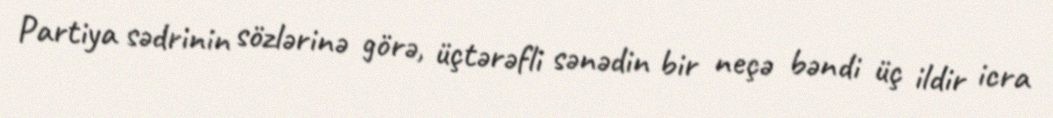
Partiya sədrinin sözlərinə görə, üçtərəfli sənədin bir neçə bəndi üç ildir icra